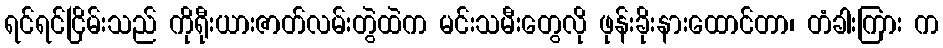
ရင်ရင်ငြိမ်းသည် ကိုရီုးယားဇာတ်လမ်းတွဲထဲက မင်းသမီးတွေလို ဖုန်းခိုးနားထောင်တာ၊ တံခါးကြား က